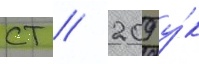
ст // 209 у́к